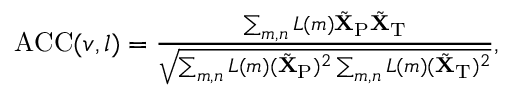
\begin{array} { r } { \operatorname { A C C } ( v , l ) = \frac { \sum _ { m , n } L ( m ) \tilde { \mathbf { X } } _ { \mathrm { P } } \tilde { \mathbf { X } } _ { \mathrm { T } } } { \sqrt { \sum _ { m , n } { L } ( m ) ( \tilde { \mathbf { X } } _ { \mathrm { P } } ) ^ { 2 } \sum _ { m , n } { L } \left( m \right) ( \tilde { \mathbf { X } } _ { \mathrm { T } } ) ^ { 2 } } } , } \end{array}